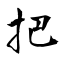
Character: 把